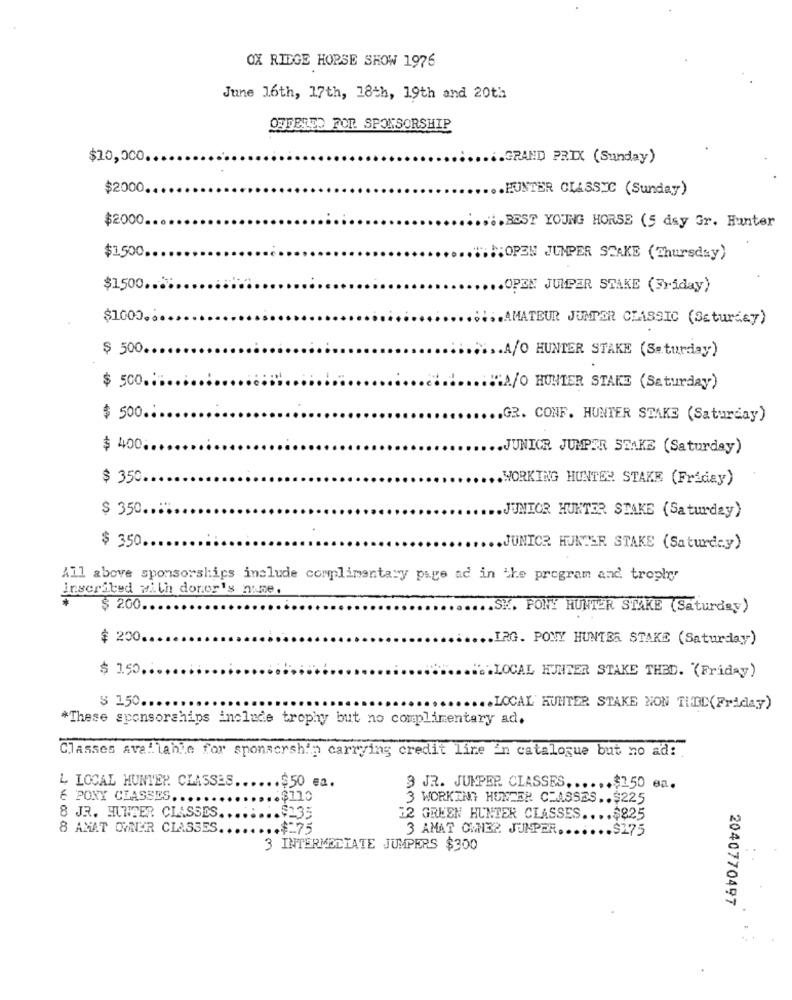
OX RIDGE HORSE SHOW 1976
June 16th, 17th, 18th, 19th and 20th
OFFERTO FOR SPONSORSHIP
$10,000.
.. GRAND PRIX (Sunday)
$2000
.HUNTER CLASSIC (Sunday)
$2000.
.... BEST YOUNG HORSE (5 dsy Gr. Hunter
$1.500 ...
.:: OPEN JUMPER STAKE (Thursday)
$1500 ...
.. OPEN JUMPER STAKE (Friday)
$1000.8
.. AMATEUR JUMPER CLASSIC (Saturday)
$ 500.
..... A/O HUNTER STAKE (Saturday)
$ 500 ...
A/O HUNTER STAKE (Saturday)
$ 500 ..
.GR. CONF. HUNTER STAKE (Saturday)
$ 400.
.JUNIOR JUMPER STAKE (Saturday)
$ 350.
WORKING HUNTER STAKE (Friday)
$ 350 ..::
.JUNIOR HUNTER STAKE (Saturday)
$ 350 ..
.JUNICR HUNTER STAKE (Saturday)
All above sponsorships include complimentary page ad in the program and trophy
inserited with donor's nume.
$ 200.
.. SK. PONY HUNTER STAKE (Saturday)
$ 200.
.IRG. PONY HUNTER STAKE (Saturday)
$ 150.
" .. LOCAL HUNTER STAKE THED. "(Friday)
$ 150.
.LOCAL KUNTER STAKE NON THED(Friday)
*These sponsorships include trophy but no complimentary ad.
Classes ava!lanie for sponsorship carrying credit line in catalogue but no ad:
L LOCAL HUNTER CLASSES
.$50 ea.
3 JR. JUMPER CLASSES ...... $150 en.
E PONY CLASSES .....
3 WORKING HUNTER CLASSES .. $225
8 JR. HUNGER CLASSES.
... $235
32 GREEN HUNTER CLASSES .... $825
8 AMAT OWNER CLASSES.
.. $275
3 AMAT OMNI32 JUMPER.
.. $275
3 INTERMEDIATE JUMPERS $300
2040770497